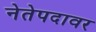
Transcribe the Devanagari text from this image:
नेतेपदावर